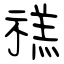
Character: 禚